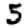
Digit: 5